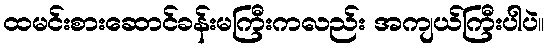
ထမင်းစားဆောင်ခန်းမကြီးကလည်း အကျယ်ကြီးပါပဲ။